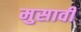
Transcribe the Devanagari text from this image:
मुसावी